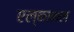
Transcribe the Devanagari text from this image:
एल्कानल